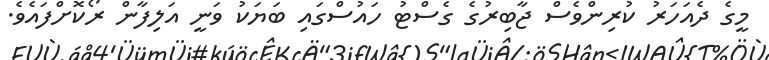
މީގެ ދެއަހަރު ކުރިންވެސް ޖާބިރުގެ ގެސްޓު ހައުސްގައި ބަޔަކުު ވަނީ އަލިފާން ރޯކޮށްފައެވެ.